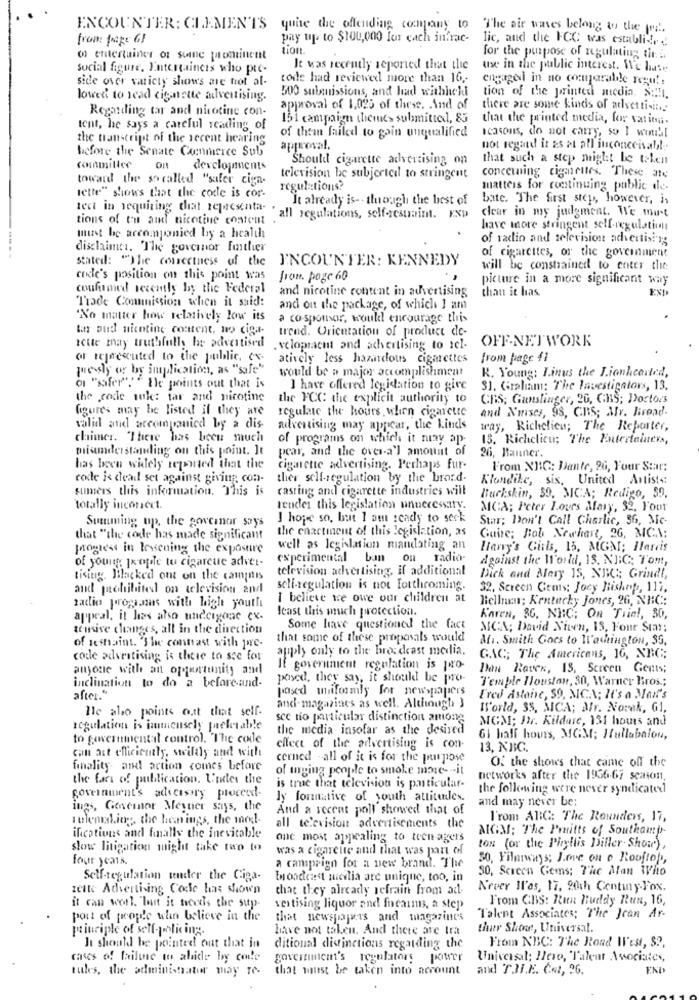
ENCOUNTER: CLEMENTS quite the offending company to The air waves belong to the me.
from page GI
pay up to $100,000 for each infrac-
lic, and the FCC was establide
tion.
of entertainer of seine prominent
for the purpose of regulating the i.
social figure, Entertainers who pre-
It was recently reported that the
use in the public interest. We hate
side over varicty shows are not al-
tode had reviewed more than 16 ,-
engagevi in no comparabile regu !:
500 submissions, and had withhehl
lowed to read cignette advertising.
tion of the printed media. Sell,
Regarding tar and nicotine con-
approval of 1,025 of these. And of
there are some kinds of advertising
151 campaign dicines submitted, 85
that the printed media, for varits.
lent, he says a careful reading of
icatous, do not carry, so I wontill
the transcript of the recent hearing
of them failed to goin unqualified
before the Senate Commerce Sub
approval.
not regard it &s at all inconceivable.
Should cigarette advertising on
that such a step might be telen
committee
developments
concerning cigmentes. These ate
toward the so called "sifer cign-
television be subjectcel to stringent
regulations?
matters for continuing public de-
lette" shows that the code is cor.
It already is -- though the best of
bate. The first step, however, is
tect in requiring that representa- .
clear in my judgment. We must
tions of the and nicotine content
"all regulations, self-restraint. EXP
have more stringent self-regulation
must be accompanied by a health
of radio and television advertising
disclaimer. The governor father
stated: "The correctness of the
ENCOUNTER: KENNEDY
of cigarettes, or the government
will be constrained to enter the
code's position on this point was
fron. page 60
picture in a more significant way
coufumed recently by the Federal
and nicotine content in advertising
than it has.
Trade Comunicsion when it said:
and on the package, of which I am
"No matter howe relatively low its
a co-sponsor, would encourage this
In aud nicotine content, no ciga-
trend. Orientation of product de-
OFF-NETWORK
Iette may truthfully be advertised .veloptacut and achvertising to icl-
or represented to the public, cv-
atively less hazardous cigarettes
from page 41
we sly or by implication, as "safe"
would be a major accomplishment
K. Young: Linus the Lionhearted,
or "safer": " Ile points out that is
I have offered legidation to gire
31. Graham: The Investigators, 13.
the code sale: tar and nicotine
the FCC the explicit authority to
CRS; Gunslinger, 20, GHS; Doctors
figures may be listed if they are
regulate the hours when cigarette
and Nurses, 98, CBS; Mlr. Biroad.
valid and accompanied by a dis-
advertising may appear, the Lines
tray, Richelieu; The Reporter,
claimer. 'There has been much
of programs on which it niny ap.
15. Richelieu; The Entertainers,
miamderstanding on this point. It
pear, and the over-a'l amount of
26, Banner.
has been widely reported that the
cigarette advertising. Perhaps fur-
From NJIC: Dante, 26, Your Star:
code is dead set against giving; con-
ther self-regulation by the brord-
Klondike, sis, United Artists:
sumers this information. This is
casting and cigarette industries will
Buckskin, 59. MICA; Redigo, 59.
totally incorrect.
render this legislation unnecessary.
MCA; Peter Hours Mary, 32, Four
Summing up, the governor says
I hope so, but I am ready to seck
Star; Don't Call Charlie, 56, Mc-
the enactment of this legislation, as
that "the code has made significant
Guire; Bob Newhart, 26, MCA:
progress in Issening the exposure
well as legislation mandating an
Harry's Girls, 15, MGM; Ilarcis
of young px'ople tu cigarcue adver-
experimental ban on radio-
Against the World, 15. NIC; Tom,
television advertising, il additional
tising. Blacked out on the camptis
Dick and Mary 15, NBC; Grindt,
and prohibited on television and
self-regulation is not forthcoming.
32. Screen Gems; Joey Bishop, 117.
I believe we owe our children at
Bellmunt; Kentucky Jones, 26, NBC;
radio programs with high youth
Jeast this much protection.
appeal. it has also undergone ex.
Karen, 86, NIC; On Triel, 30,
tensive changes, all in the direction
Some have questioned the fact
MICA; David Niven, 13, Four Star;
of sestaint. The contrast with pre-
that some of these proposals would
Af1. Smith Goes to Washington, 3G,
apply only to the bro: deast media.
code advertising is there to sse for
GAC; The Americans, 16, NBC;
anyone with an opportunity and
It government regulation is pro-
Dan Raten, 13, Screen Gents;
posed, they say, it should be pro-
Temple Houston, 30, Warner Bros .;
inclination to do a before-and-
posed uniformly for newspapers
after .*
Fred Astaire, 59, MICA; It's a Man's
He also points out that self.
and magazines as well. Although }
Il'orld, 33, MICA; Mr. Novak, G1,
sce no particular distinction among
MGM; Dr. Kildare, 131 hours and
regulation is imnicusely preferable
the media insofar as the desired
to government:il control. The code
Gl half hours, MGM; Hullabalou,
can act efficiently, swildly and with
effect of the advertising is con-
13, NBIC.
cerned - all of it is for the purpose
Of the shows that came off the
finality and action comes before
of urging people to smoke more- - it
the fat of publication. Under the
networks after the 1936-67 season,
is true that television is particular-
the following were never syndicated
government's adversary proceed-
ly formative of youth attitudes.
and may never be;
ings, Governor Meyner says, the
And a recent poll showed that of
tulemaking, the hearings, the url-
l'rom ABC: The Rounders, 17,
all television advertisements the
MGM: The Pruitts of Southamp-
ifications and finally the inevitable
one most appealing to teen agers
slow litigation might take two to
was a cigarette and that was part of
ton (or the Phyllis Diller- Show),
four years.
50, Filarways: Love on a Rooftop,
a campaign for a new brand. The
30, Screen Gems; The Man Who
Self-tegulation under the Giga-
Eondeest mieilia are unique, too, in
zette Advertising Code has shown
that they already refrain from ad-
Never M'as, 17. 20th Century Fox.
it can worl. "Tunt it needs the sup-
From CBS: Run Hueldy Run, 16,
vertising liquor and focarms, a step
port of people who believe in the
that newspapers and magazines
Talent Associates; The Jean Ar-
principle of self-policing.
have not taken. And there are tra
thar Shone, Universal.
It should be pointed out that in
ditional distinctions regarding the
From NBC: The Road N'est, $ ?,
cases of failure to abide by code
government's regulatory power
Universal; Hero, Talent Associates,
tules, the administrator may Te.
that west be taken into account
and TJI.E. Cat, 26.
ENI